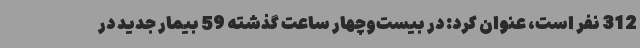
312 نفر است، عنوان کرد: در بیست‌وچهار ساعت گذشته 59 بیمار جدید در